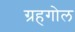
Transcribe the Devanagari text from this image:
ग्रहगोल